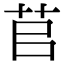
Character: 苢